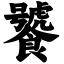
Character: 饕